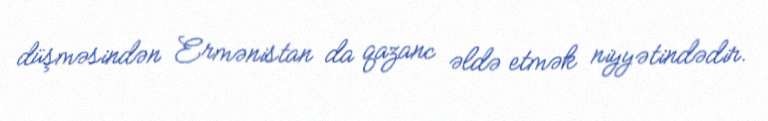
düşməsindən Ermənistan da qazanc əldə etmək niyyətindədir.